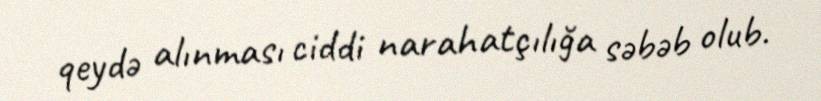
qeydə alınması ciddi narahatçılığa səbəb olub.